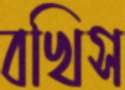
বখিস